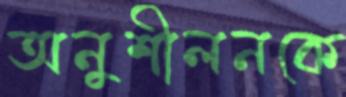
অনুশীলনকে